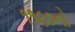
૧૧૬૦નો